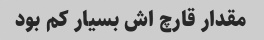
مقدار قارچ اش بسیار کم بود